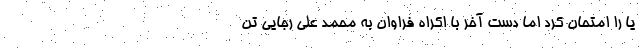
یا را امتحان کرد اما دست آخر با اکراه فراوان به محمد علی رجایی تن